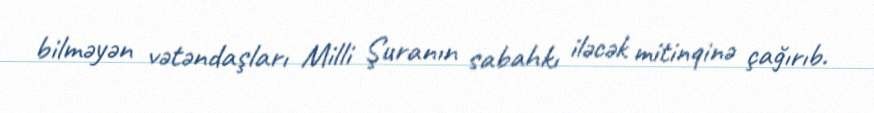
bilməyən vətəndaşları Milli Şuranın sabahkı iləcək mitinqinə çağırıb.